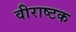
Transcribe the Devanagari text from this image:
वीराष्टक